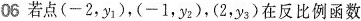
06 若点(-2,y_{1}),(-1,y_{2}),(2,y_{3})在反比例函数